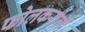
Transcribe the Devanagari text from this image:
फोलकरोले